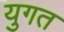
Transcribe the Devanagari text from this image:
युगत